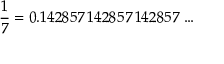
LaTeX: { \frac { 1 } { 7 } } = 0 . 1 4 2 8 5 7 \, 1 4 2 8 5 7 \, 1 4 2 8 5 7 \, \ldots